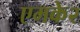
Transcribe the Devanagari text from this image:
एमके२